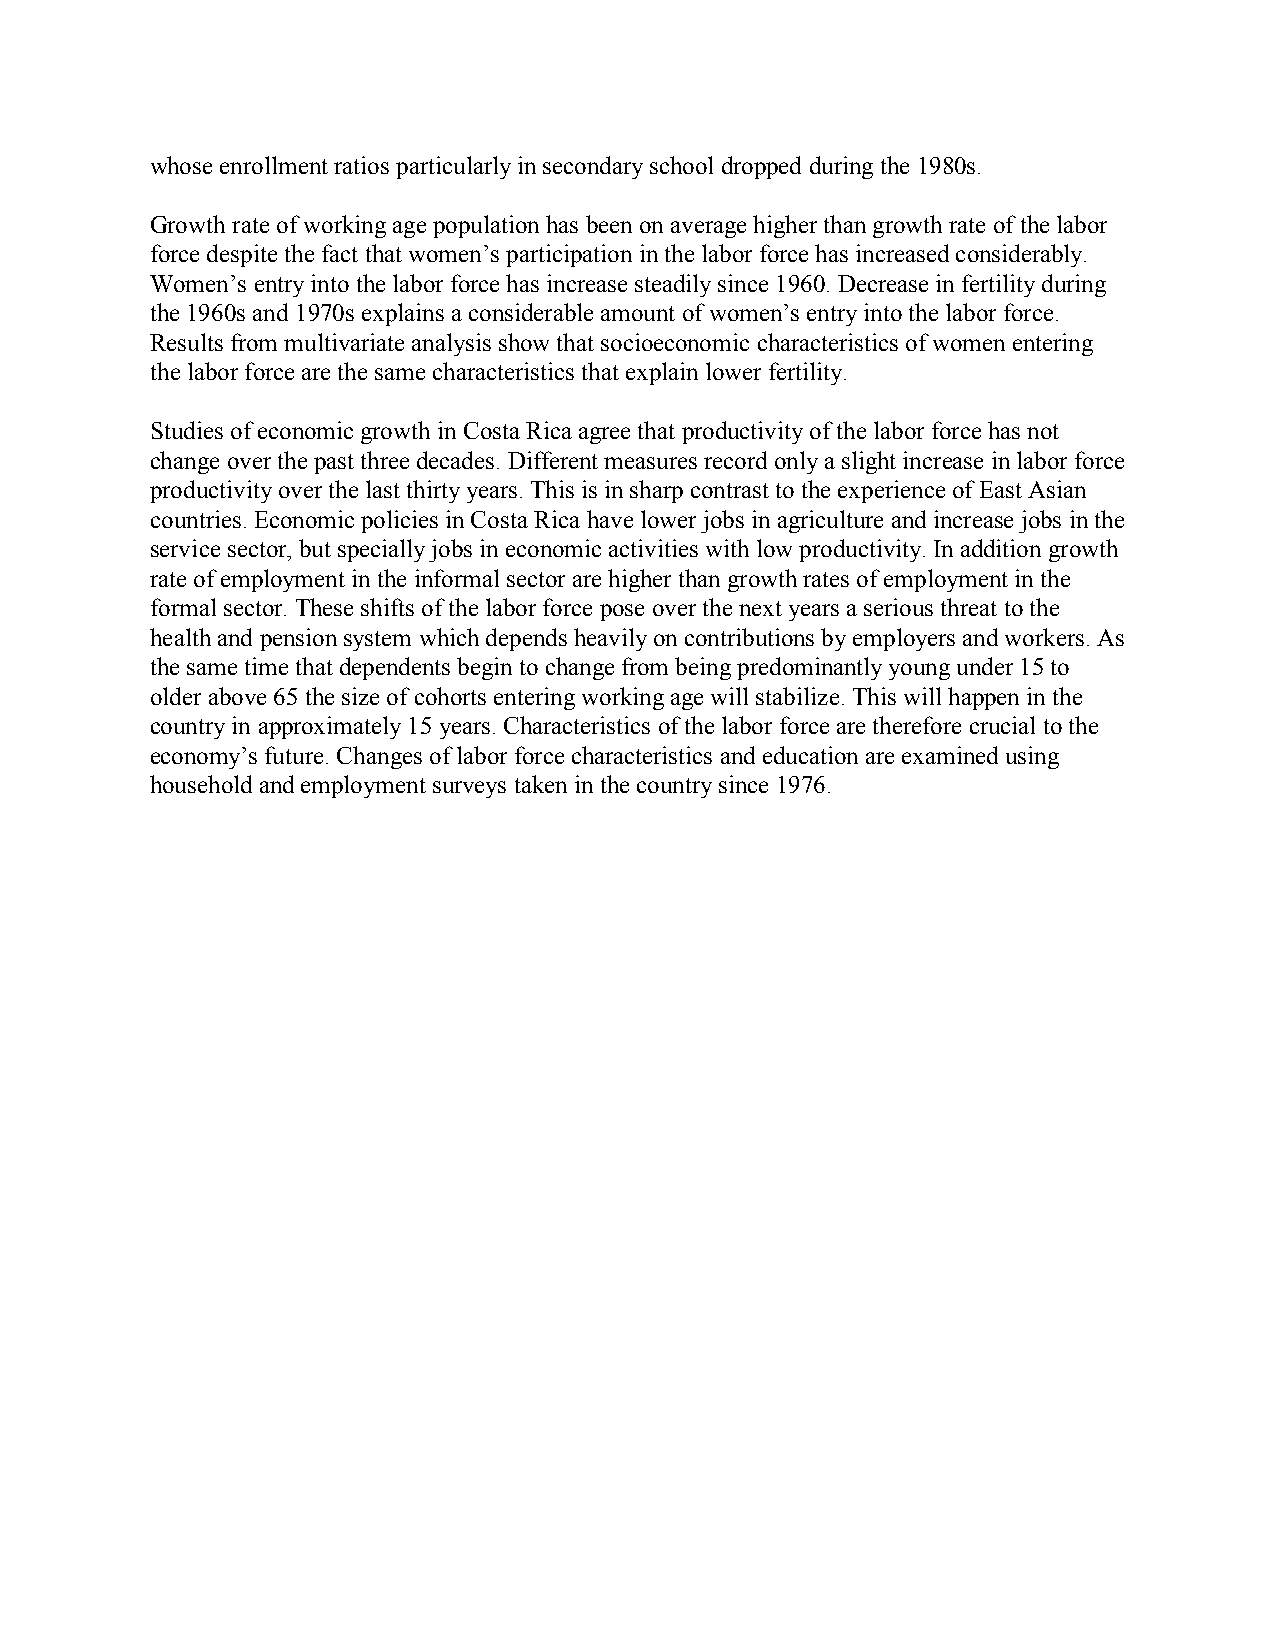
whose enrollment ratios particularly in secondary school dropped during the 1980s.
 Growth rate of working age population has been on average higher than growth rate of the labor
 force despite the fact that women’s participation in the labor force has increased considerably.
 Women’s entry into the labor force has increase steadily since 1960. Decrease in fertility during
 the 1960s and 1970s explains a considerable amount of women’s entry into the labor force.
 Results from multivariate analysis show that socioeconomic characteristics of women entering
 the labor force are the same characteristics that explain lower fertility.
 Studies of economic growth in Costa Rica agree that productivity of the labor force has not
 change over the past three decades. Different measures record only a slight increase in labor force
 productivity over the last thirty years. This is in sharp contrast to the experience of East Asian
 countries. Economic policies in Costa Rica have lower jobs in agriculture and increase jobs in the
 service sector, but specially jobs in economic activities with low productivity. In addition growth
 rate of employment in the informal sector are higher than growth rates of employment in the
 formal sector. These shifts of the labor force pose over the next years a serious threat to the
 health and pension system which depends heavily on contributions by employers and workers. As
 the same time that dependents begin to change from being predominantly young under 15 to
 older above 65 the size of cohorts entering working age will stabilize. This will happen in the
 country in approximately 15 years. Characteristics of the labor force are therefore crucial to the
 economy’s future. Changes of labor force characteristics and education are examined using
 household and employment surveys taken in the country since 1976.